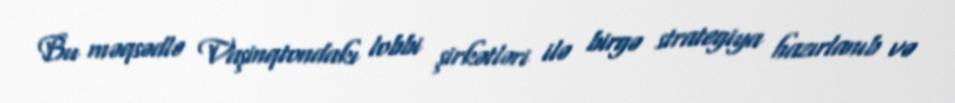
Bu məqsədlə Vaşinqtondakı lobbi şirkətləri ilə birgə strategiya hazırlanıb və